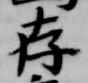
存